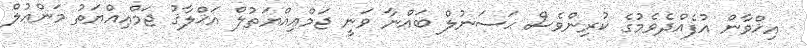
އިޚްވާން އުފެއްދެވެމުގެ ކުރިންވެސް ޙަސަނުލް ބައްނާ ވަނީ ޖަމްޢިއްޔަތުލް އަޚްލާޤު ޖަމްޢިއްޔަތު މަންޢުލް